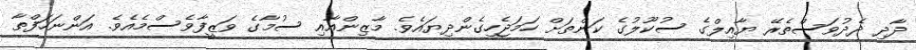
ދާދި ދެދުވަސްތެރޭ ޔާއިލްގެ ސުކޫލުގެ ކަންތަށް ހަމަޖެހިގެންދިޔައެވެ. މާޒިންއާއި ސުމާގެ ވަޒީފާވެސްމެއެވެ. އަންނަހަފްތާ